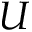
U